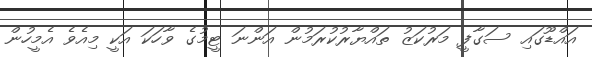
އައްޑޫގައި ސަގާފީ މަރުކަޒު ތައްޔާރުކުރަމުން އަންނަ ޓީމުގެ ވާހަކަ އަކީ މިއެވެ އެމީހުން